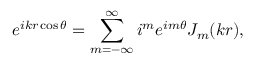
e ^ { i k r \cos { \theta } } = \displaystyle \sum _ { m = - \infty } ^ { \infty } i ^ { m } e ^ { i m \theta } J _ { m } ( k r ) ,